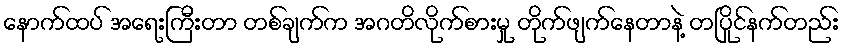
နောက်ထပ် အရေးကြီးတာ တစ်ချက်က အဂတိလိုက်စားမှု တိုက်ဖျက်နေတာနဲ့ တပြိုင်နက်တည်း